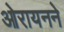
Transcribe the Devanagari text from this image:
ओरायनने